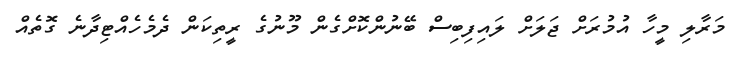
މަރާލި މީހާ އުމުރަށް ޖަލަށް ލައިފިބިސް ބޭނުންކޮށްގެން މޫނުގެ ރީތިކަން ދެމެހެއްޓިދާނެ ގޮތެއް